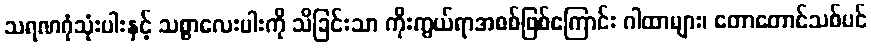
သရဏဂုံသုံးပါးနှင့် သစ္စာလေးပါးကို သိခြင်းသာ ကိုးကွယ်ရာအစစ်ဖြစ်ကြောင်း ဂါထာများ၊ တောတောင်သစ်ပင်